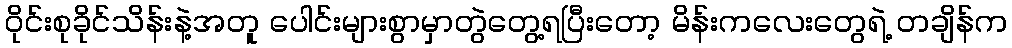
ဝိုင်းစုခိုင်သိန်းနဲ့အတူ ပေါင်းများစွာမှာတွဲတွေ့ရပြီးတော့ မိန်းကလေးတွေရဲ့ တချိန်က